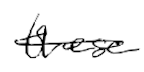
Text: these
Cross-out: single-line
Writing tool: digital_black